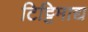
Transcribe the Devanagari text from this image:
टिट्टिमाद्य